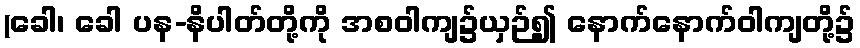
(ခေါ၊ ခေါ ပန-နိပါတ်တို့ကို အစဝါကျ၌ယှဉ်၍ နောက်နောက်ဝါကျတို့၌